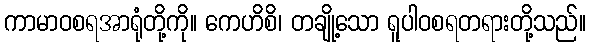
ကာမာဝစရအာရုံတို့ကို။ ကေဟိစိ၊ တချို့သော ရူပါဝစရတရားတို့သည်။